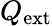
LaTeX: Q_{\mathrm{ext}}